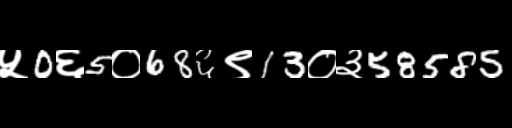
Text: ५0६5०68६९13०३58585